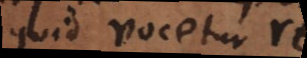
quid vocetur res,